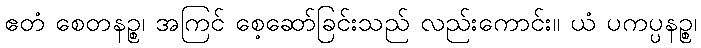
ဧတံ စေတနဉ္စ၊ အကြင် စေ့ဆော်ခြင်းသည် လည်းကောင်း။ ယံ ပကပ္ပနဉ္စ၊